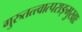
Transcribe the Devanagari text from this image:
गुरुतत्त्वात्पराङ्मुखाः